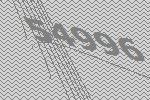
54996